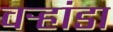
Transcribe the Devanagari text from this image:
वर्‍हांडा